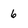
Character: 6